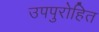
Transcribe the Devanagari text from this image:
उपपुरोहित